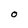
Character: O